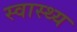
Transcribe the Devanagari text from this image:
स्‍वास्थ्य